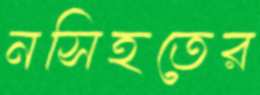
নসিহতের